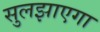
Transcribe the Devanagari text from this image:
सुलझाएगा